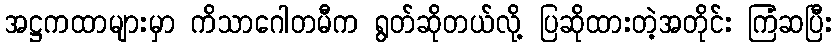
အဋ္ဌကထာများမှာ ကိသာဂေါတမီက ရွတ်ဆိုတယ်လို့ ပြဆိုထားတဲ့အတိုင်း ကြံဆပြီး